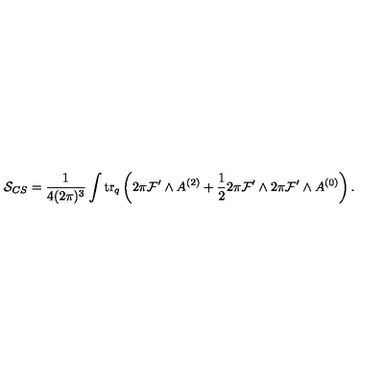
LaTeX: { \cal S } _ { C S } = \frac { 1 } { 4 ( 2 \pi ) ^ { 3 } } \int \mathrm { t r } _ { q } \left( 2 \pi { \cal F } ^ { \prime } \wedge A ^ { ( 2 ) } + \frac { 1 } { 2 } 2 \pi { \cal F } ^ { \prime } \wedge 2 \pi { \cal F } ^ { \prime } \wedge A ^ { ( 0 ) } \right) .